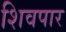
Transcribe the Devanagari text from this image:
शिवपार